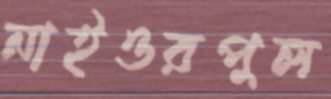
নাইওরপুল